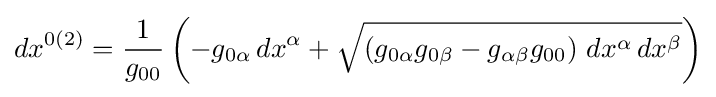
dx^{0(2)}={\frac {1}{g_{00}}}\left(-g_{0\alpha }\,dx^{\alpha }+{\sqrt {\left(g_{0\alpha }g_{0\beta }-g_{\alpha \beta }g_{00}\right)\,dx^{\alpha }\,dx^{\beta }}}\right)